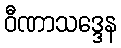
ဝီဏာသဒ္ဒေန